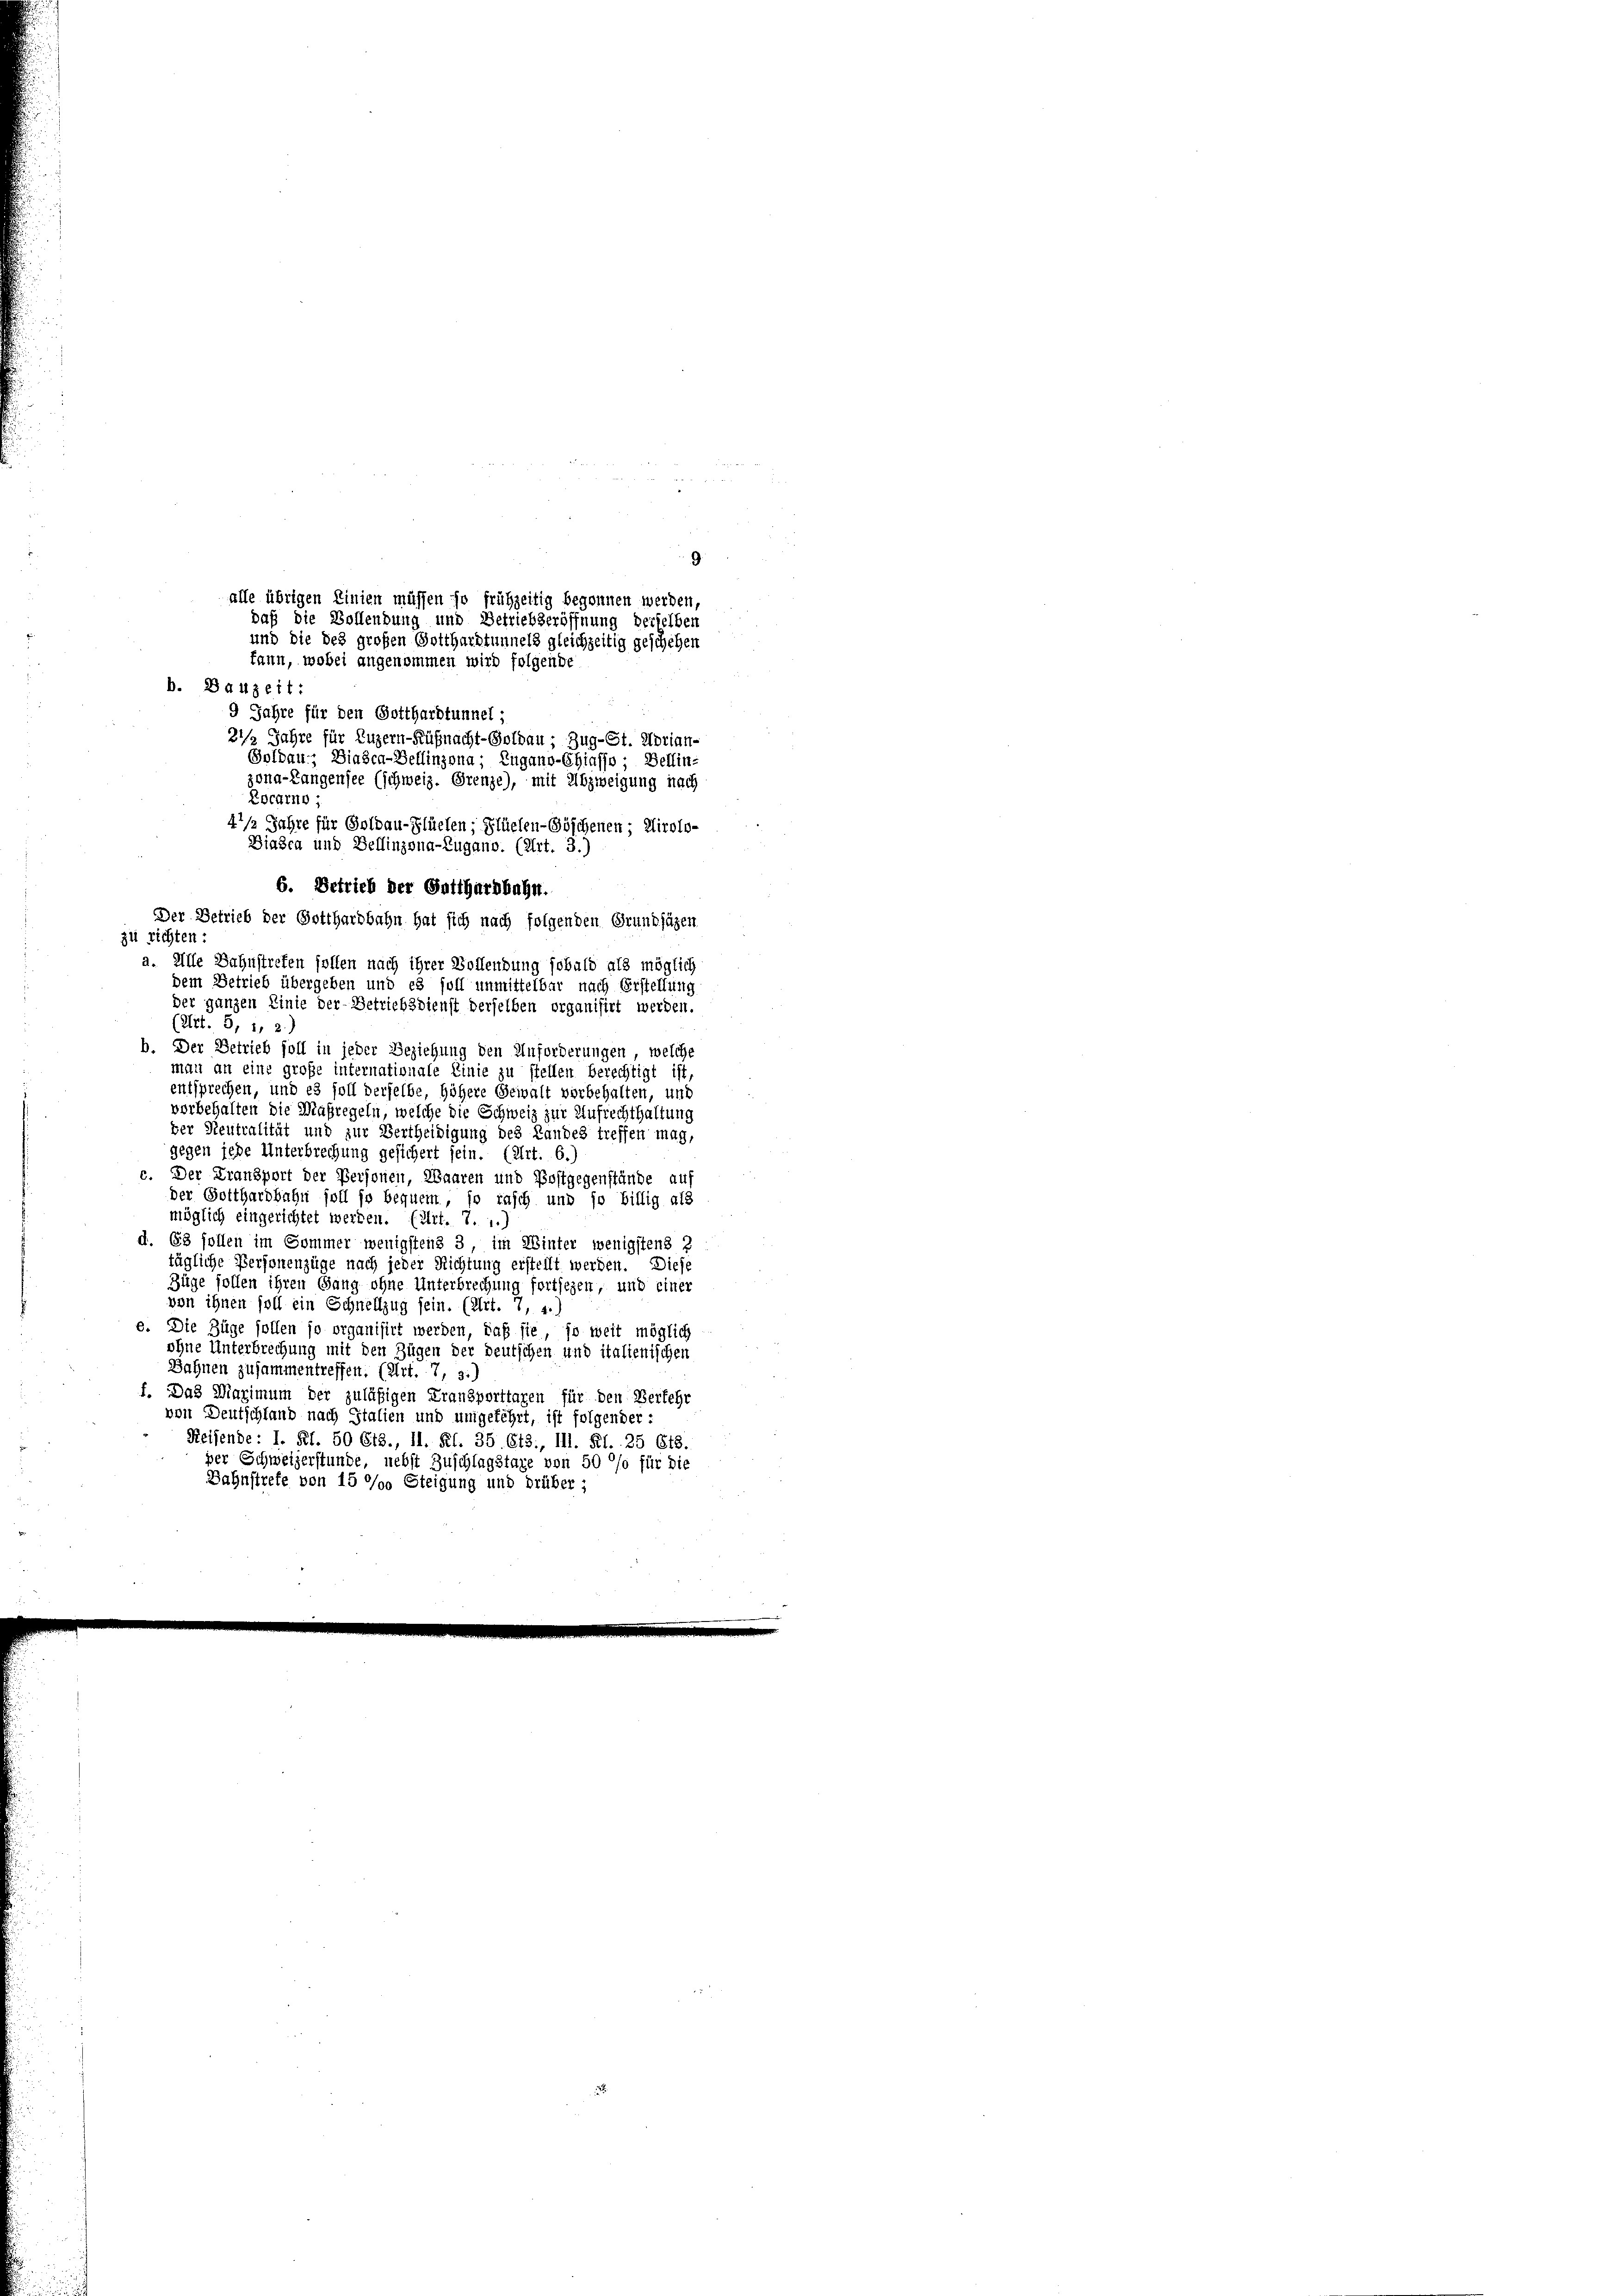
b. Der Betrieb soll in jeder Beziehung den Anforderungen, welche
man an eine große internationale Linie zu stellen berechtigt ist,
entsprechen, und es soll derselbe, höhere Gewalt vorbehalten, und
vorbehalten die Maßregeln, welche die Schweiz zur Aufrechthaltung
der Neutralität und zur Vertheidigung des Landes treffen mag,
gegen jede Unterbrechung gesichert sein. (Art. 6.)
c. Der Fransport der Personen, Waaren und Postgegenstände auf
der Gotthardbahn soll so bequem, so rasch und so billig als
möglich eingerichtet werden. (Art. 7. 1.)
d. 63 follen im Sommer wenigstens 3, im Winter wenigstens 2
tägliche Personenzüge nach jeder Richtung erstellt werden. Diese
Züge sollen ihren Gang ohne Unterbrechung fortsezen, und einer
von ihnen soll ein Schnellzug sein. (Art. 7, 4.)
e. Die Züge sollen so organisirt werden, daß sie so weit möglich
ohne Unterbrechung mit den Zügen der Deutschen und italienischen
Bahnen zusammentreffen. (Art. 7, 3.
f. Das Marimum der zuläßigen Fransporttagen für den Verfehr
von Deutschland nach Italien und umgekehrt, ist folgender:
Reisende: I. Rf. 50 Cts., II. Kl. 35. 613., III. Kl. 25 618.
per Schweizerstunde, nebst Zuschlagstaxe von 50 %% für die
Bahnstrefe von 15 % Steigung und drüber;

b. Bauzeit:
9 Jahre für den Gotthardtunnel;
Locarno ;
6. Betrieb der Gotthardbahn.
Der Betrieb der Gotthardbahn hat sich nach folgenden Grundsägen
zu richten:
a. Alle Bahnstreten sollen nach ihrer Vollendung sobald als möglich
dem Betrieb übergeben und es soll unmittelbar nach Erstellung
der ganzen Linie der Betriebsdienst derselben organisirt werden.
(Art. 5, 1, 2)

9
alle übrigen Linien müssen so frühzeitig begonnen werden,
daß die Bollendung und Betriebseröffnung derselben
und die des großen Gotthardtunnels gleichzeitig geschehen
fann, wobei angenommen wird folgende
21/2 Jahre für Luzern-Küßnacht-Goldau; Zug- St. Ubrian¬
Goldau, Biasca-Bellinzona; Eugano-Chiasso - Bellin-
zona-Langensee (schweiz. Grenze), mit Abzweigung nach
41/2 Jahre für Goldau-Flüelen; Flüelen-Söschenen; Airolo-
Biasca und Bellinzona-Zugano. (Art. 3.)